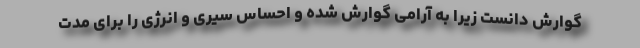
گوارش دانست زیرا به آرامی گوارش شده و احساس سیری و انرژی را برای مدت